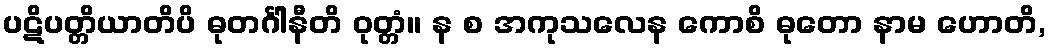
ပဋိပတ္တိယာတိပိ ဓုတင်္ဂါနီတိ ဝုတ္တံ။ န စ အကုသလေန ကောစိ ဓုတော နာမ ဟောတိ,